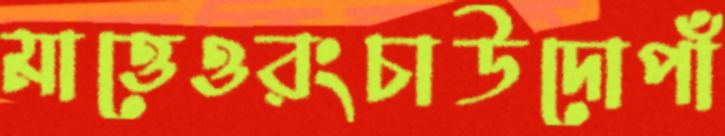
মাত্তেওরংচাউদোপাঁ